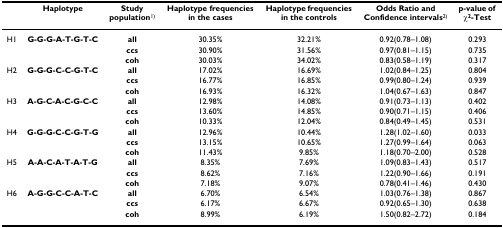
<table><thead><tr><td></td><td><b>Haplotype</b></td><td><b>Study population<sup>1)</sup></b></td><td><b>Haplotype frequencies in the cases</b></td><td><b>Haplotype frequencies in the controls</b></td><td><b>Odds Ratio and Confidence intervals<sup>2)</sup></b></td><td><b>p-value of χ<sup>2</sup>-Test</b></td></tr></thead><tbody><tr><td>H1</td><td><b>G-G-G-A-T-G-T-C</b></td><td><b>all</b></td><td>30.35%</td><td>32.21%</td><td>0.92(0.78–1.08)</td><td>0.293</td></tr><tr><td></td><td></td><td><b>ccs</b></td><td>30.90%</td><td>31.56%</td><td>0.97(0.81–1.15)</td><td>0.735</td></tr><tr><td></td><td></td><td><b>coh</b></td><td>30.03%</td><td>34.02%</td><td>0.83(0.58–1.19)</td><td>0.317</td></tr><tr><td>H2</td><td><b>G-G-G-C-C-G-T-C</b></td><td><b>all</b></td><td>17.02%</td><td>16.69%</td><td>1.02(0.84–1.25)</td><td>0.804</td></tr><tr><td></td><td></td><td><b>ccs</b></td><td>16.77%</td><td>16.85%</td><td>0.99(0.80–1.24)</td><td>0.939</td></tr><tr><td></td><td></td><td><b>coh</b></td><td>16.93%</td><td>16.32%</td><td>1.04(0.67–1.63)</td><td>0.847</td></tr><tr><td>H3</td><td><b>A-G-C-A-C-G-C-C</b></td><td><b>all</b></td><td>12.98%</td><td>14.08%</td><td>0.91(0.73–1.13)</td><td>0.402</td></tr><tr><td></td><td></td><td><b>ccs</b></td><td>13.60%</td><td>14.85%</td><td>0.90(0.71–1.15)</td><td>0.406</td></tr><tr><td></td><td></td><td><b>coh</b></td><td>10.33%</td><td>12.04%</td><td>0.84(0.49–1.45)</td><td>0.531</td></tr><tr><td>H4</td><td><b>G-G-G-C-C-G-T-G</b></td><td><b>all</b></td><td>12.96%</td><td>10.44%</td><td>1.28(1.02–1.60)</td><td>0.033</td></tr><tr><td></td><td></td><td><b>ccs</b></td><td>13.15%</td><td>10.65%</td><td>1.27(0.99–1.64)</td><td>0.063</td></tr><tr><td></td><td></td><td><b>coh</b></td><td>11.43%</td><td>9.85%</td><td>1.18(0.70–2.00)</td><td>0.528</td></tr><tr><td>H5</td><td><b>A-A-C-A-T-A-T-G</b></td><td><b>all</b></td><td>8.35%</td><td>7.69%</td><td>1.09(0.83–1.43)</td><td>0.517</td></tr><tr><td></td><td></td><td><b>ccs</b></td><td>8.62%</td><td>7.16%</td><td>1.22(0.90–1.66)</td><td>0.191</td></tr><tr><td></td><td></td><td><b>coh</b></td><td>7.18%</td><td>9.07%</td><td>0.78(0.41–1.46)</td><td>0.430</td></tr><tr><td>H6</td><td><b>A-G-G-C-C-A-T-C</b></td><td><b>all</b></td><td>6.70%</td><td>6.54%</td><td>1.03(0.76–1.38)</td><td>0.867</td></tr><tr><td></td><td></td><td><b>ccs</b></td><td>6.17%</td><td>6.67%</td><td>0.92(0.65–1.30)</td><td>0.638</td></tr><tr><td></td><td></td><td><b>coh</b></td><td>8.99%</td><td>6.19%</td><td>1.50(0.82–2.72)</td><td>0.184</td></tr></tbody></table>